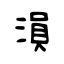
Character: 溳